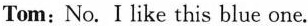
Tom:No.I like this blue one.